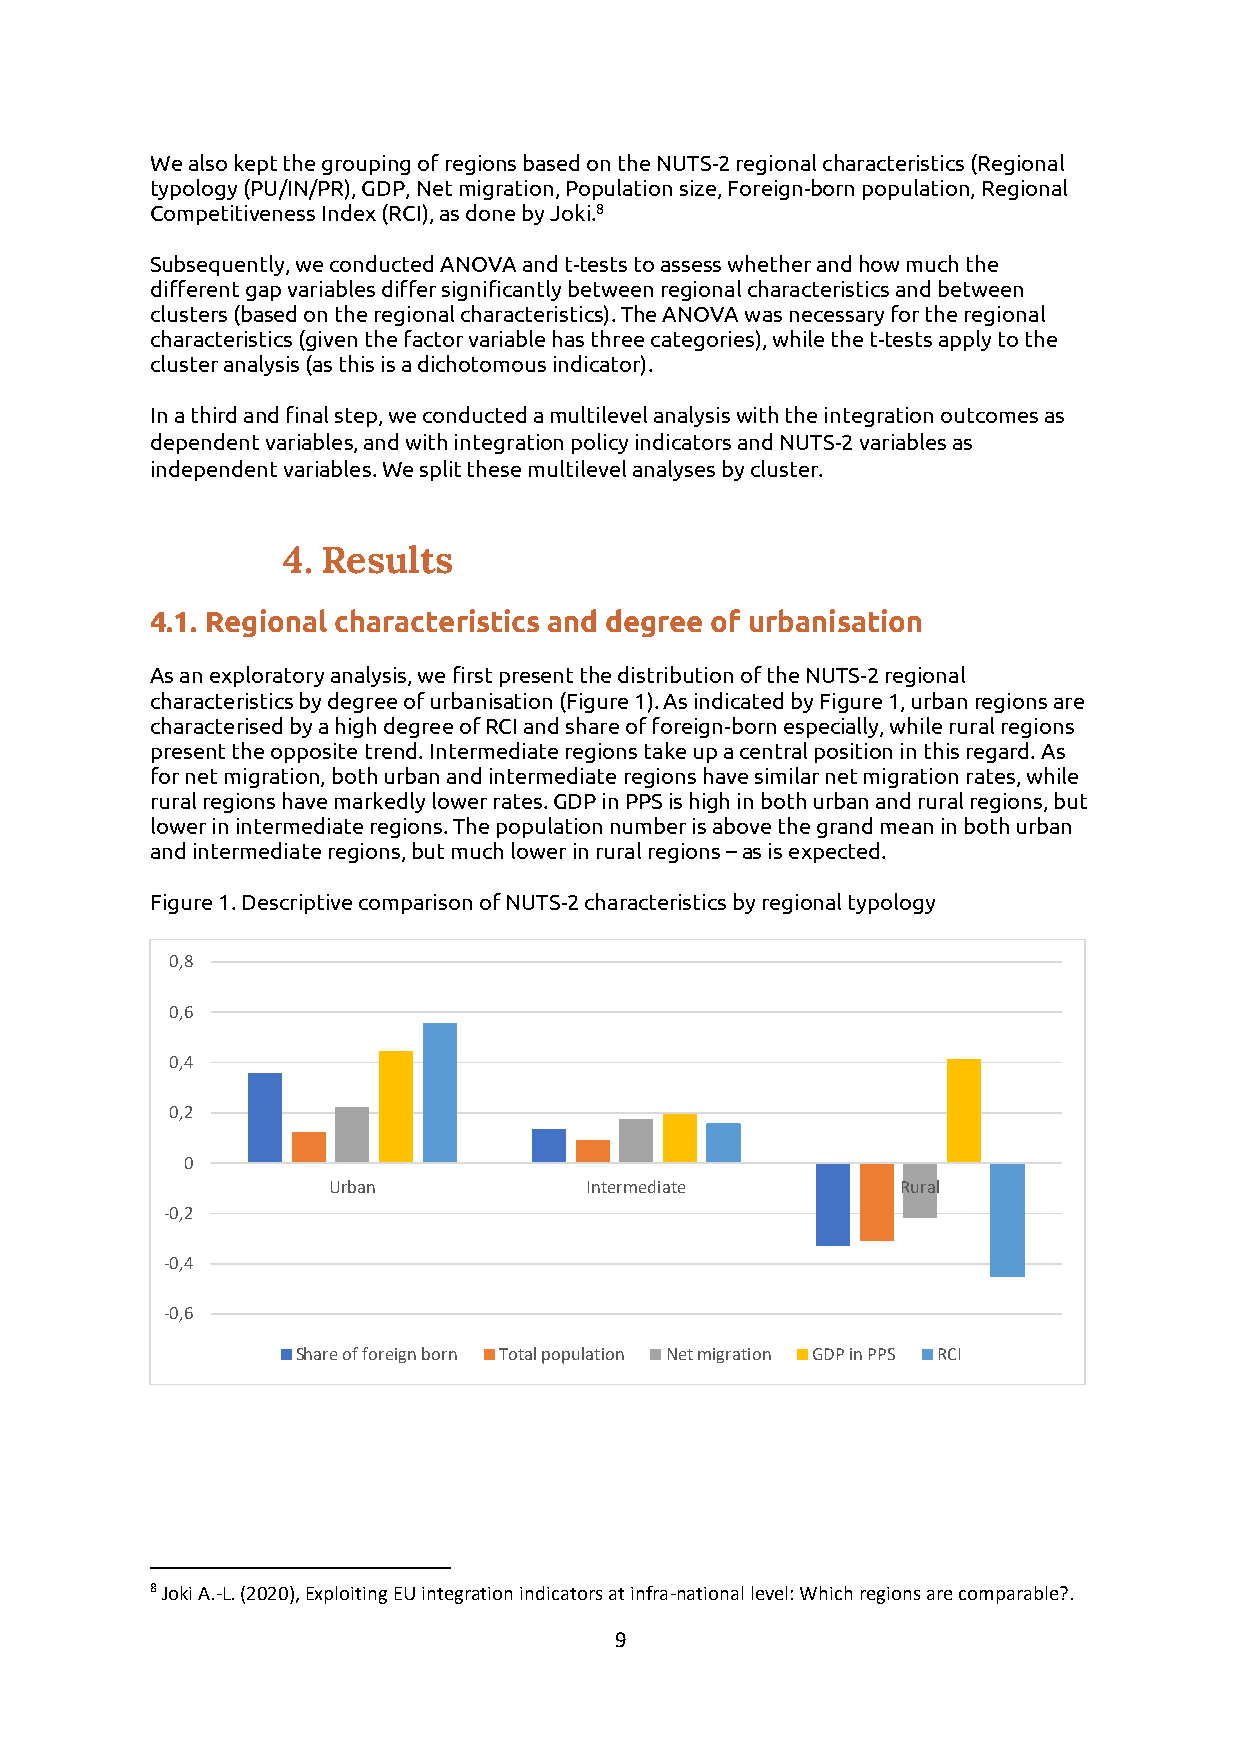
We also kept the grouping of regions based on the NUTS-2 regional characteristics (Regional
 typology (PU/IN/PR), GDP, Net migration, Population size, Foreign-born population, Regional
 Competitiveness Index (RCI), as done by Joki.8
 Subsequently, we conducted ANOVA and t-tests to assess whether and how much the
 different gap variables differ significantly between regional characteristics and between
 clusters (based on the regional characteristics). The ANOVA was necessary for the regional
 characteristics (given the factor variable has three categories), while the t-tests apply to the
 cluster analysis (as this is a dichotomous indicator).
 In a third and final step, we conducted a multilevel analysis with the integration outcomes as
 dependent variables, and with integration policy indicators and NUTS-2 variables as
 independent variables. We split these multilevel analyses by cluster.
 4. Results
 4.1. Regional characteristics and degree of urbanisation
 As an exploratory analysis, we first present the distribution of the NUTS-2 regional
 characteristics by degree of urbanisation (Figure 1). As indicated by Figure 1, urban regions are
 characterised by a high degree of RCI and share of foreign-born especially, while rural regions
 present the opposite trend. Intermediate regions take up a central position in this regard. As
 for net migration, both urban and intermediate regions have similar net migration rates, while
 rural regions have markedly lower rates. GDP in PPS is high in both urban and rural regions, but
 lower in intermediate regions. The population number is above the grand mean in both urban
 and intermediate regions, but much lower in rural regions – as is expected.
 Figure 1. Descriptive comparison of NUTS-2 characteristics by regional typology
 0,8
 0,6
 0,4
 0,2
 0
 Urban            Intermediate         Rural
 -0,2
 -0,4
 -0,6
 Share of foreign born Total population Net migration GDP in PPS RCI
 8 Joki A.-L. (2020), Exploiting EU integration indicators at infra-national level: Which regions are comparable?.
 9